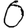
Digit: 0